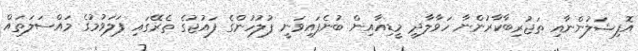
އޮފިޝަލުންނާއި ތަޖުރިބާކާރުންނާ ހަވާލާދީ މީޑިއާއިން ބުނެފައިވަނީ ފުލުހުންގެ ފައުޖުގެ ތެރޭގައި ފަލަވުމުގެ މައްސަލަތައް